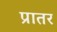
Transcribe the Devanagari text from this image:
प्रातर